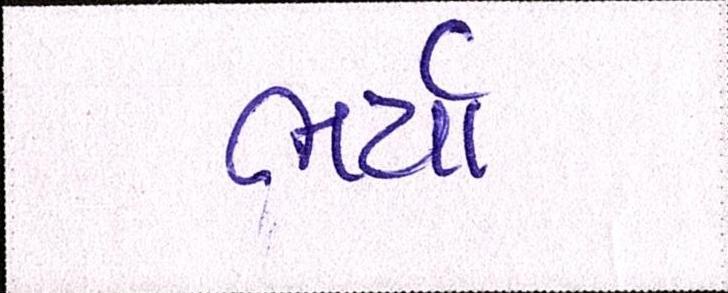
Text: ભર્યો